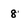
Character: 8